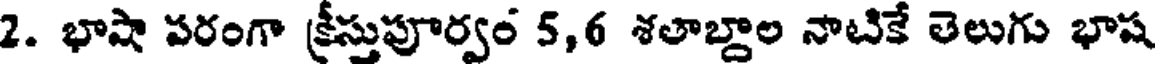
2. భాషా పరంగా క్రీస్తుపూర్వం 5,6 శతాబ్దాల నాటికే తెలుగు భాష